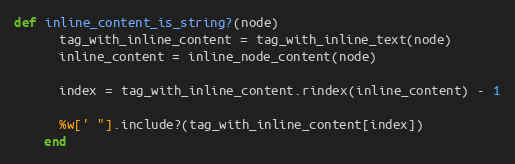
Language: Ruby
def inline_content_is_string?(node)
      tag_with_inline_content = tag_with_inline_text(node)
      inline_content = inline_node_content(node)

      index = tag_with_inline_content.rindex(inline_content) - 1

      %w[' "].include?(tag_with_inline_content[index])
    end